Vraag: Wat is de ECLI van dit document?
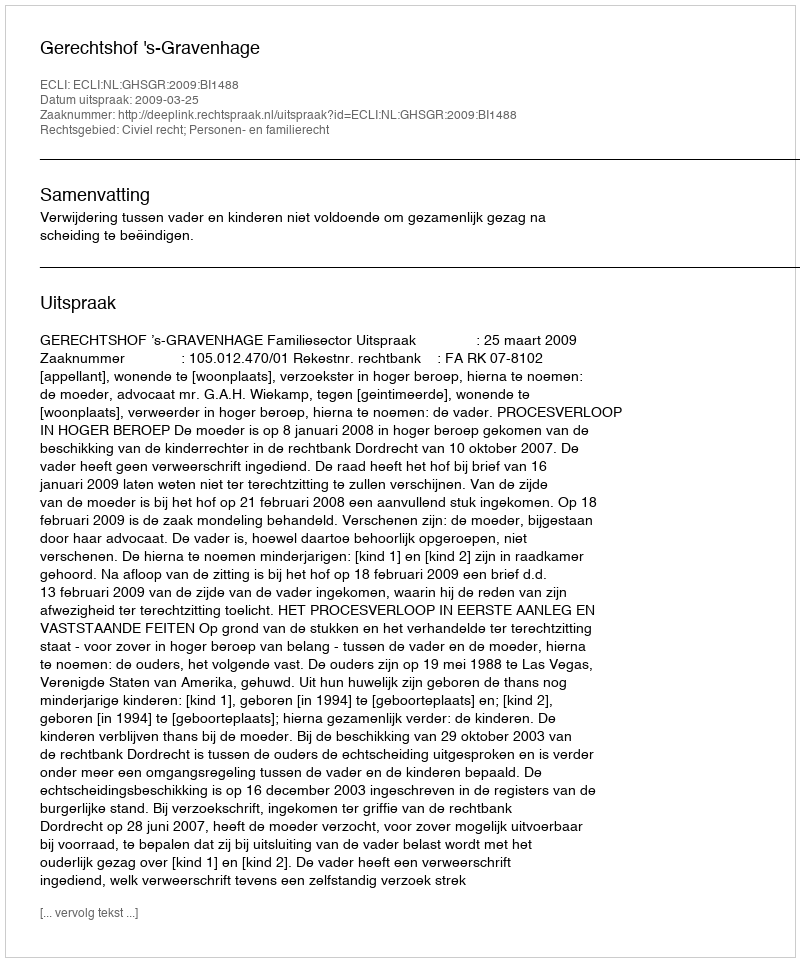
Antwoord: ECLI:NL:GHSGR:2009:BI1488